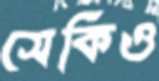
সেকিও